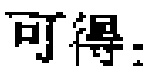
可得：